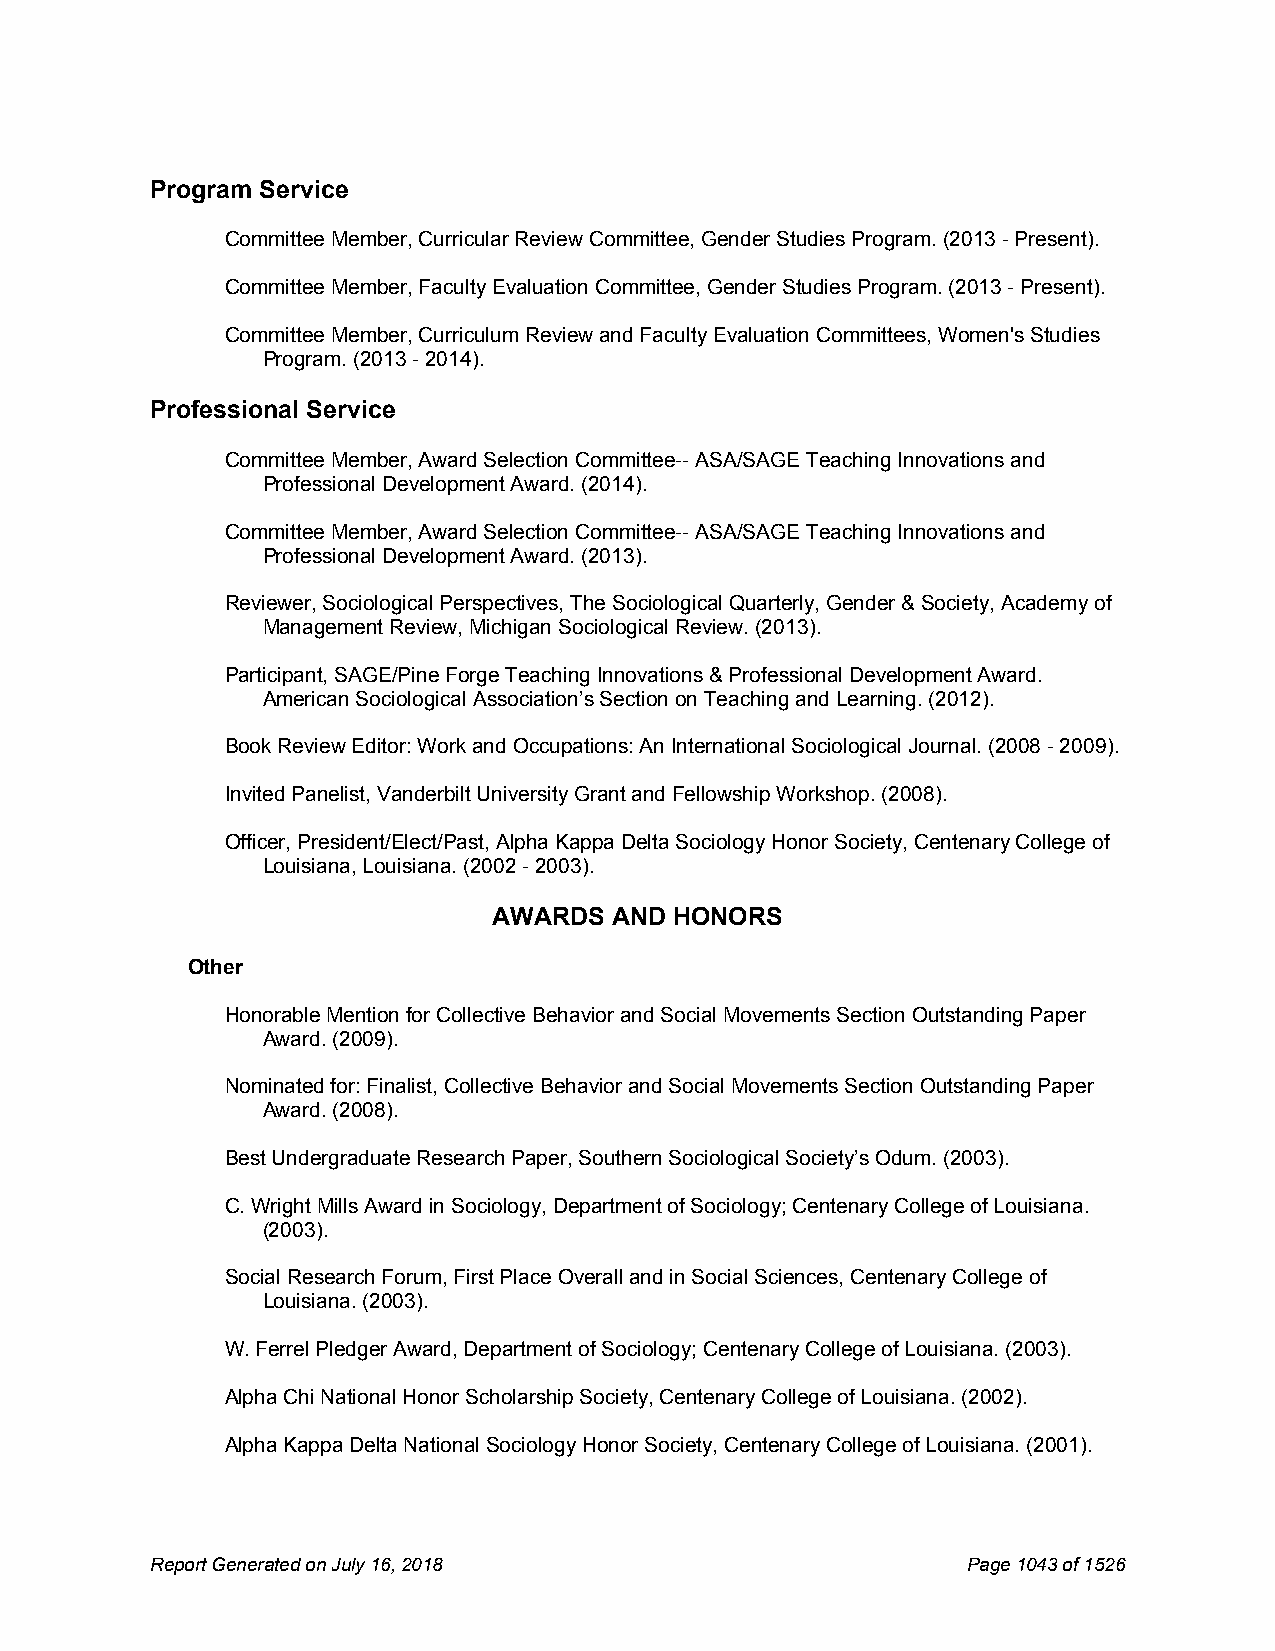
Program Service
 Committee Member, Curricular Review Committee, Gender Studies Program. (2013 - Present).
 Committee Member, Faculty Evaluation Committee, Gender Studies Program. (2013 - Present).
 Committee Member, Curriculum Review and Faculty Evaluation Committees, Women's Studies
 Program. (2013 - 2014).
 Professional Service
 Committee Member, Award Selection Committee-- ASA/SAGE Teaching Innovations and
 Professional Development Award. (2014).
 Committee Member, Award Selection Committee-- ASA/SAGE Teaching Innovations and
 Professional Development Award. (2013).
 Reviewer, Sociological Perspectives, The Sociological Quarterly, Gender & Society, Academy of
 Management Review, Michigan Sociological Review. (2013).
 Participant, SAGE/Pine Forge Teaching Innovations & Professional Development Award.
 American Sociological Association’s Section on Teaching and Learning. (2012).
 Book Review Editor: Work and Occupations: An International Sociological Journal. (2008 - 2009).
 Invited Panelist, Vanderbilt University Grant and Fellowship Workshop. (2008).
 Officer, President/Elect/Past, Alpha Kappa Delta Sociology Honor Society, Centenary College of
 Louisiana, Louisiana. (2002 - 2003).
 AWARDS  AND HONORS
 Other
 Honorable Mention for Collective Behavior and Social Movements Section Outstanding Paper
 Award. (2009).
 Nominated for: Finalist, Collective Behavior and Social Movements Section Outstanding Paper
 Award. (2008).
 Best Undergraduate Research Paper, Southern Sociological Society’s Odum. (2003).
 C. Wright Mills Award in Sociology, Department of Sociology; Centenary College of Louisiana.
 (2003).
 Social Research Forum, First Place Overall and in Social Sciences, Centenary College of
 Louisiana. (2003).
 W. Ferrel Pledger Award, Department of Sociology; Centenary College of Louisiana. (2003).
 Alpha Chi National Honor Scholarship Society, Centenary College of Louisiana. (2002).
 Alpha Kappa Delta National Sociology Honor Society, Centenary College of Louisiana. (2001).
 Report Generated on July 16, 2018                     Page1043 of1526